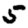
Digit: 5